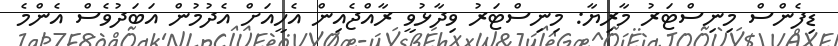
ޑިފެންސް މިނިސްޓަރު މާރިޔާ: މިނިސްޓަރު ވިދާޅުވީ ރާއްޖެއިން އެހީއަށް އެދުމުން އަބަދުވެސް އެންމެ